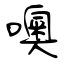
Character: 噢